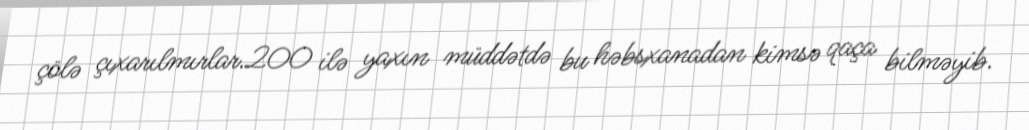
çölə çıxarılmırlar.200 ilə yaxın müddətdə bu həbsxanadan kimsə qaça bilməyib.